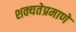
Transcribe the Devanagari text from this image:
शक्यतेप्रमाणे